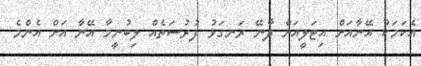
އެކަމަކު އޭނާއަށް އިޓަލީއަށް ދާނޭ ރަނގަޅު ފުރުސަތެއް ލިބުނީމާ އޭނާ އަށް އެންމެ